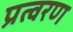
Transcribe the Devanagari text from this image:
प्रत्वरण